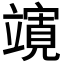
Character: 𮄼